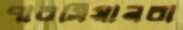
পারসিয়ানরা